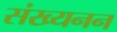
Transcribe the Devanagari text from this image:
संख्यनन